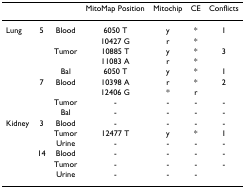
|  |  |  | MitoMap Position | Mitochip | CE | Conflicts |
 | --- | --- | --- | --- | --- | --- | --- |
 | Lung | 5 | Blood | 6050 T | y | * | 1 |
 |  |  |  | 10427 G | r | * |  |
 |  |  | Tumor | 10885 T | y | * | 3 |
 |  |  |  | 11083 A | r | * |  |
 |  |  | Bal | 6050 T | y | * | 1 |
 |  | 7 | Blood | 10398 A | r | * | 2 |
 |  |  |  | 12406 G | * | r |  |
 |  |  | Tumor | - | - | - | - |
 |  |  | Bal | - | - | - | - |
 | Kidney | 3 | Blood | - | - | - | - |
 |  |  | Tumor | 12477 T | y | * | 1 |
 |  |  | Urine | - | - | - | - |
 |  | 14 | Blood | - | - | - | - |
 |  |  | Tumor | - | - | - | - |
 |  |  | Urine | - | - | - |  |